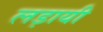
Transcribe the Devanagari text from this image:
लड़ायी